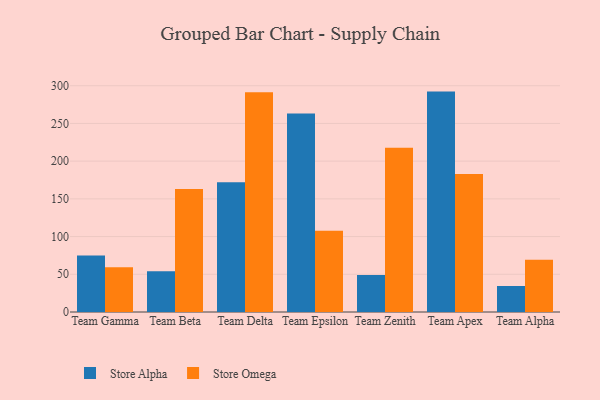
{"axis": {"x": "Team", "y": "Waste Production (Tons)"}, "legend": ["Store Alpha", "Store Omega"], "data": [{"x": "Team Gamma", "y": 74.8, "type": "Store Alpha"}, {"x": "Team Gamma", "y": 59.4, "type": "Store Omega"}, {"x": "Team Beta", "y": 53.9, "type": "Store Alpha"}, {"x": "Team Beta", "y": 163.2, "type": "Store Omega"}, {"x": "Team Delta", "y": 172.1, "type": "Store Alpha"}, {"x": "Team Delta", "y": 291.4, "type": "Store Omega"}, {"x": "Team Epsilon", "y": 263.0, "type": "Store Alpha"}, {"x": "Team Epsilon", "y": 107.8, "type": "Store Omega"}, {"x": "Team Zenith", "y": 48.9, "type": "Store Alpha"}, {"x": "Team Zenith", "y": 217.6, "type": "Store Omega"}, {"x": "Team Apex", "y": 292.2, "type": "Store Alpha"}, {"x": "Team Apex", "y": 183.1, "type": "Store Omega"}, {"x": "Team Alpha", "y": 34.5, "type": "Store Alpha"}, {"x": "Team Alpha", "y": 69.2, "type": "Store Omega"}]}